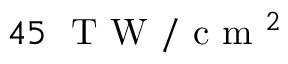
4 5 \ \mathrm { ~ T ~ W ~ } / \mathrm { ~ c ~ m ~ } ^ { 2 }